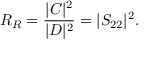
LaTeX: R _ { R } = { \frac { | C | ^ { 2 } } { | D | ^ { 2 } } } = | S _ { 2 2 } | ^ { 2 } .